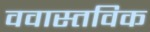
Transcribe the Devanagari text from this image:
ववास्तविक